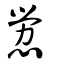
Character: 憥